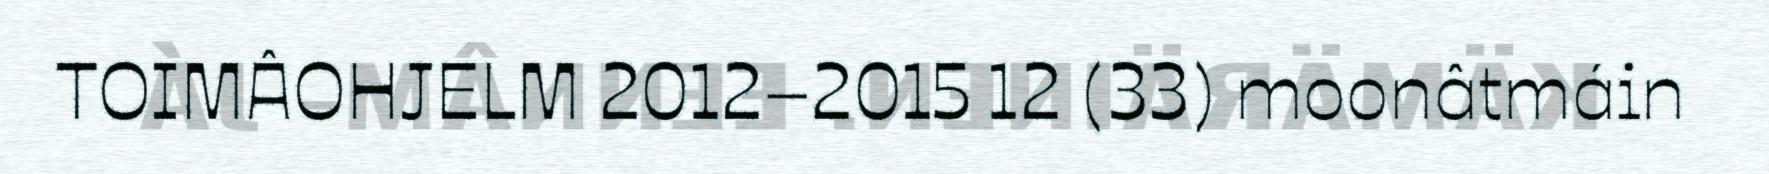
TOIMÂOHJELM 2012–2015 12 (33) moonâtmáin